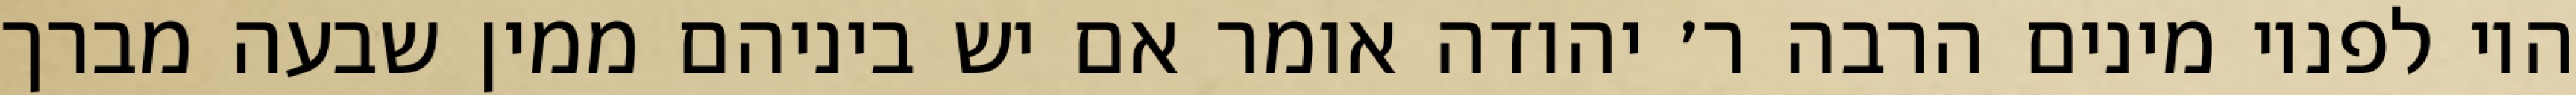
היו לפניו מינים הרבה ר׳ יהודה אומר אם יש ביניהם ממין שבעה מברך